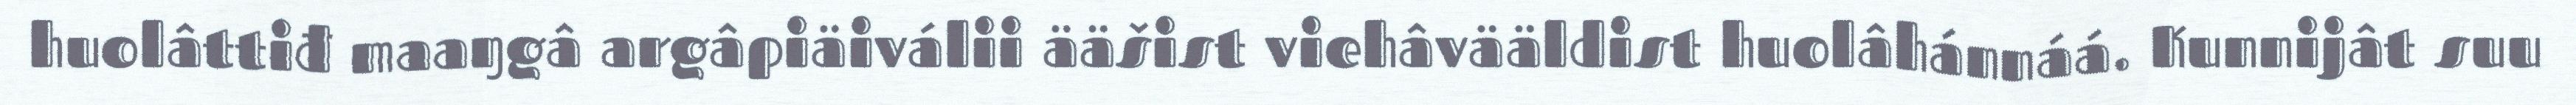
huolâttiđ maaŋgâ argâpiäiválii ääšist viehâvääldist huolâhánnáá. Kunnijât suu